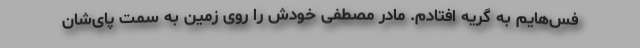
فس‌هایم به گریه افتادم. مادر مصطفی خودش را روی زمین به سمت پای‌شان